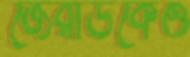
জেরার্ডকেও